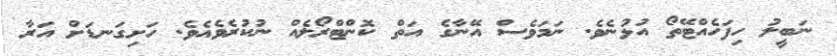
ނަބީލު ހިފަހެއްޓޭތޯ އުޅުނެވެ. ނަމަވެސް އޭނާގެ އަތް ކޮންޓްރޯލެއް ނުކުރެވެއެވެ. ހަށިގަނޑަށް އަރާ